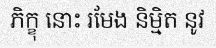
ភិក្ខុ នោះ រមែង និម្មិត នូវ